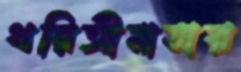
ধরিত্রীমাতার